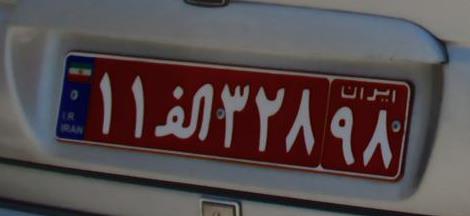
۱۱ا۳۲۸۹۸